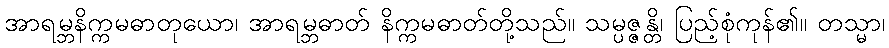
အာရမ္ဘနိက္ကမဓာတုယော၊ အာရမ္ဘဓာတ် နိက္ကမဓာတ်တို့သည်။ သမ္ပဇ္ဇန္တိ၊ ပြည့်စုံကုန်၏။ တသ္မာ၊